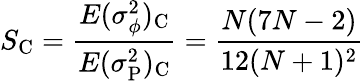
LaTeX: S_{\mathrm C}={\frac{E(\sigma_{\phi}^{2})_{\mathrm C}}{E(\sigma_{\mathrm P}^{2})_{\mathrm C}}}={\frac{N(7N-2)}{12(N+1)^{2}}}